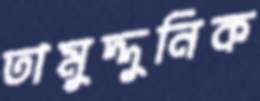
তামুদ্দুনিক